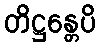
တိဋ္ဌန္တေပိ